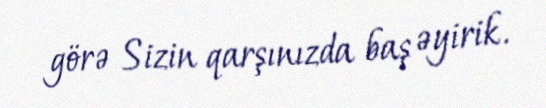
görə Sizin qarşınızda baş əyirik.